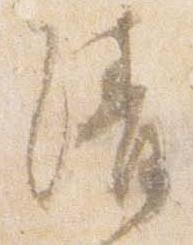
清